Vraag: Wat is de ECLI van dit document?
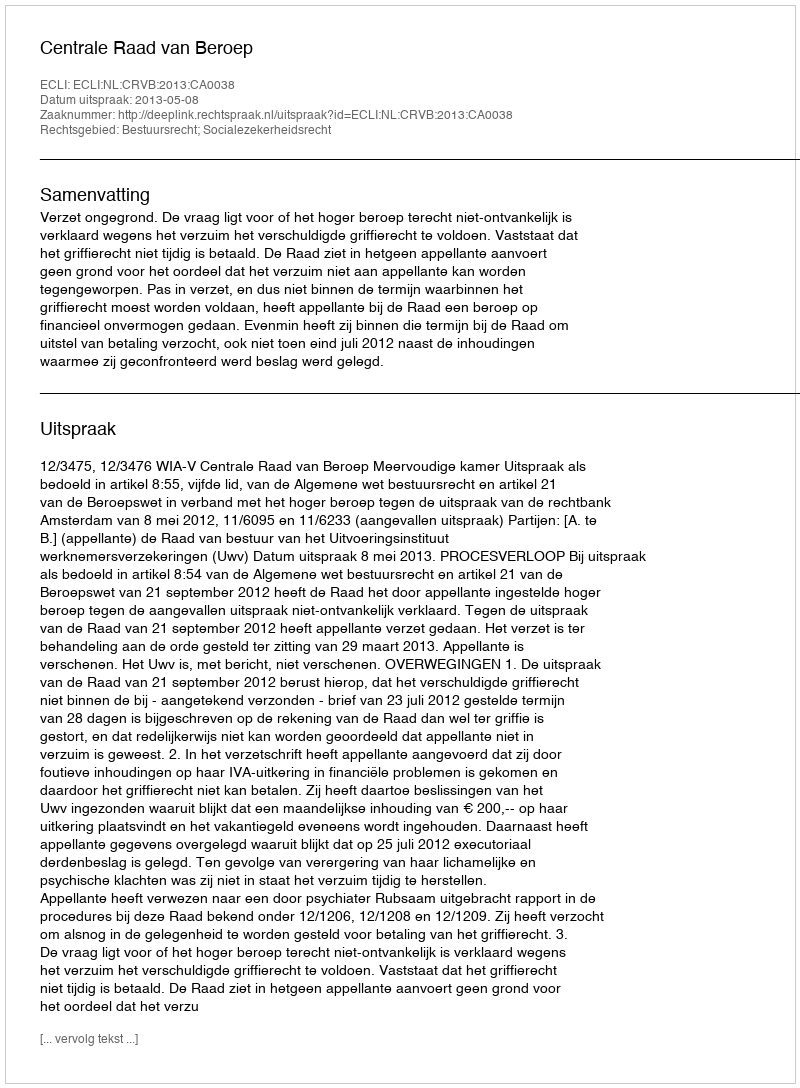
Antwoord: ECLI:NL:CRVB:2013:CA0038